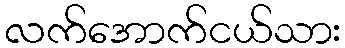
လက်အောက်ငယ်သား